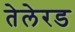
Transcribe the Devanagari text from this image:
तेलेरड